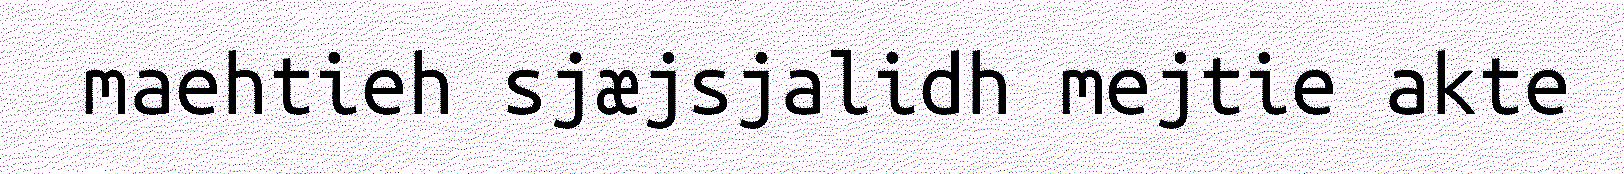
maehtieh sjæjsjalidh mejtie akte